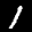
Label: 1